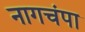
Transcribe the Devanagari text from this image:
नागचंपा